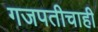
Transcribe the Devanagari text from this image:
गजपतीचाही